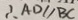
\therefore A D / / B C